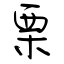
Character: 栗